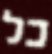
כל